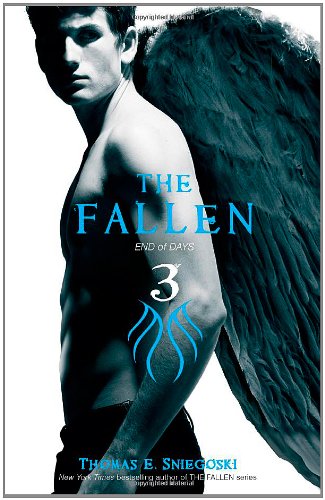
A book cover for The Fallen 3: End of Days; Thomas E. Sniegoski; Teen & Young Adult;